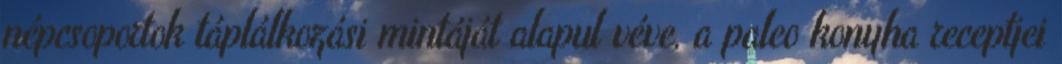
népcsoportok táplálkozási mintáját alapul véve, a paleo konyha receptjei